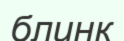
блинк